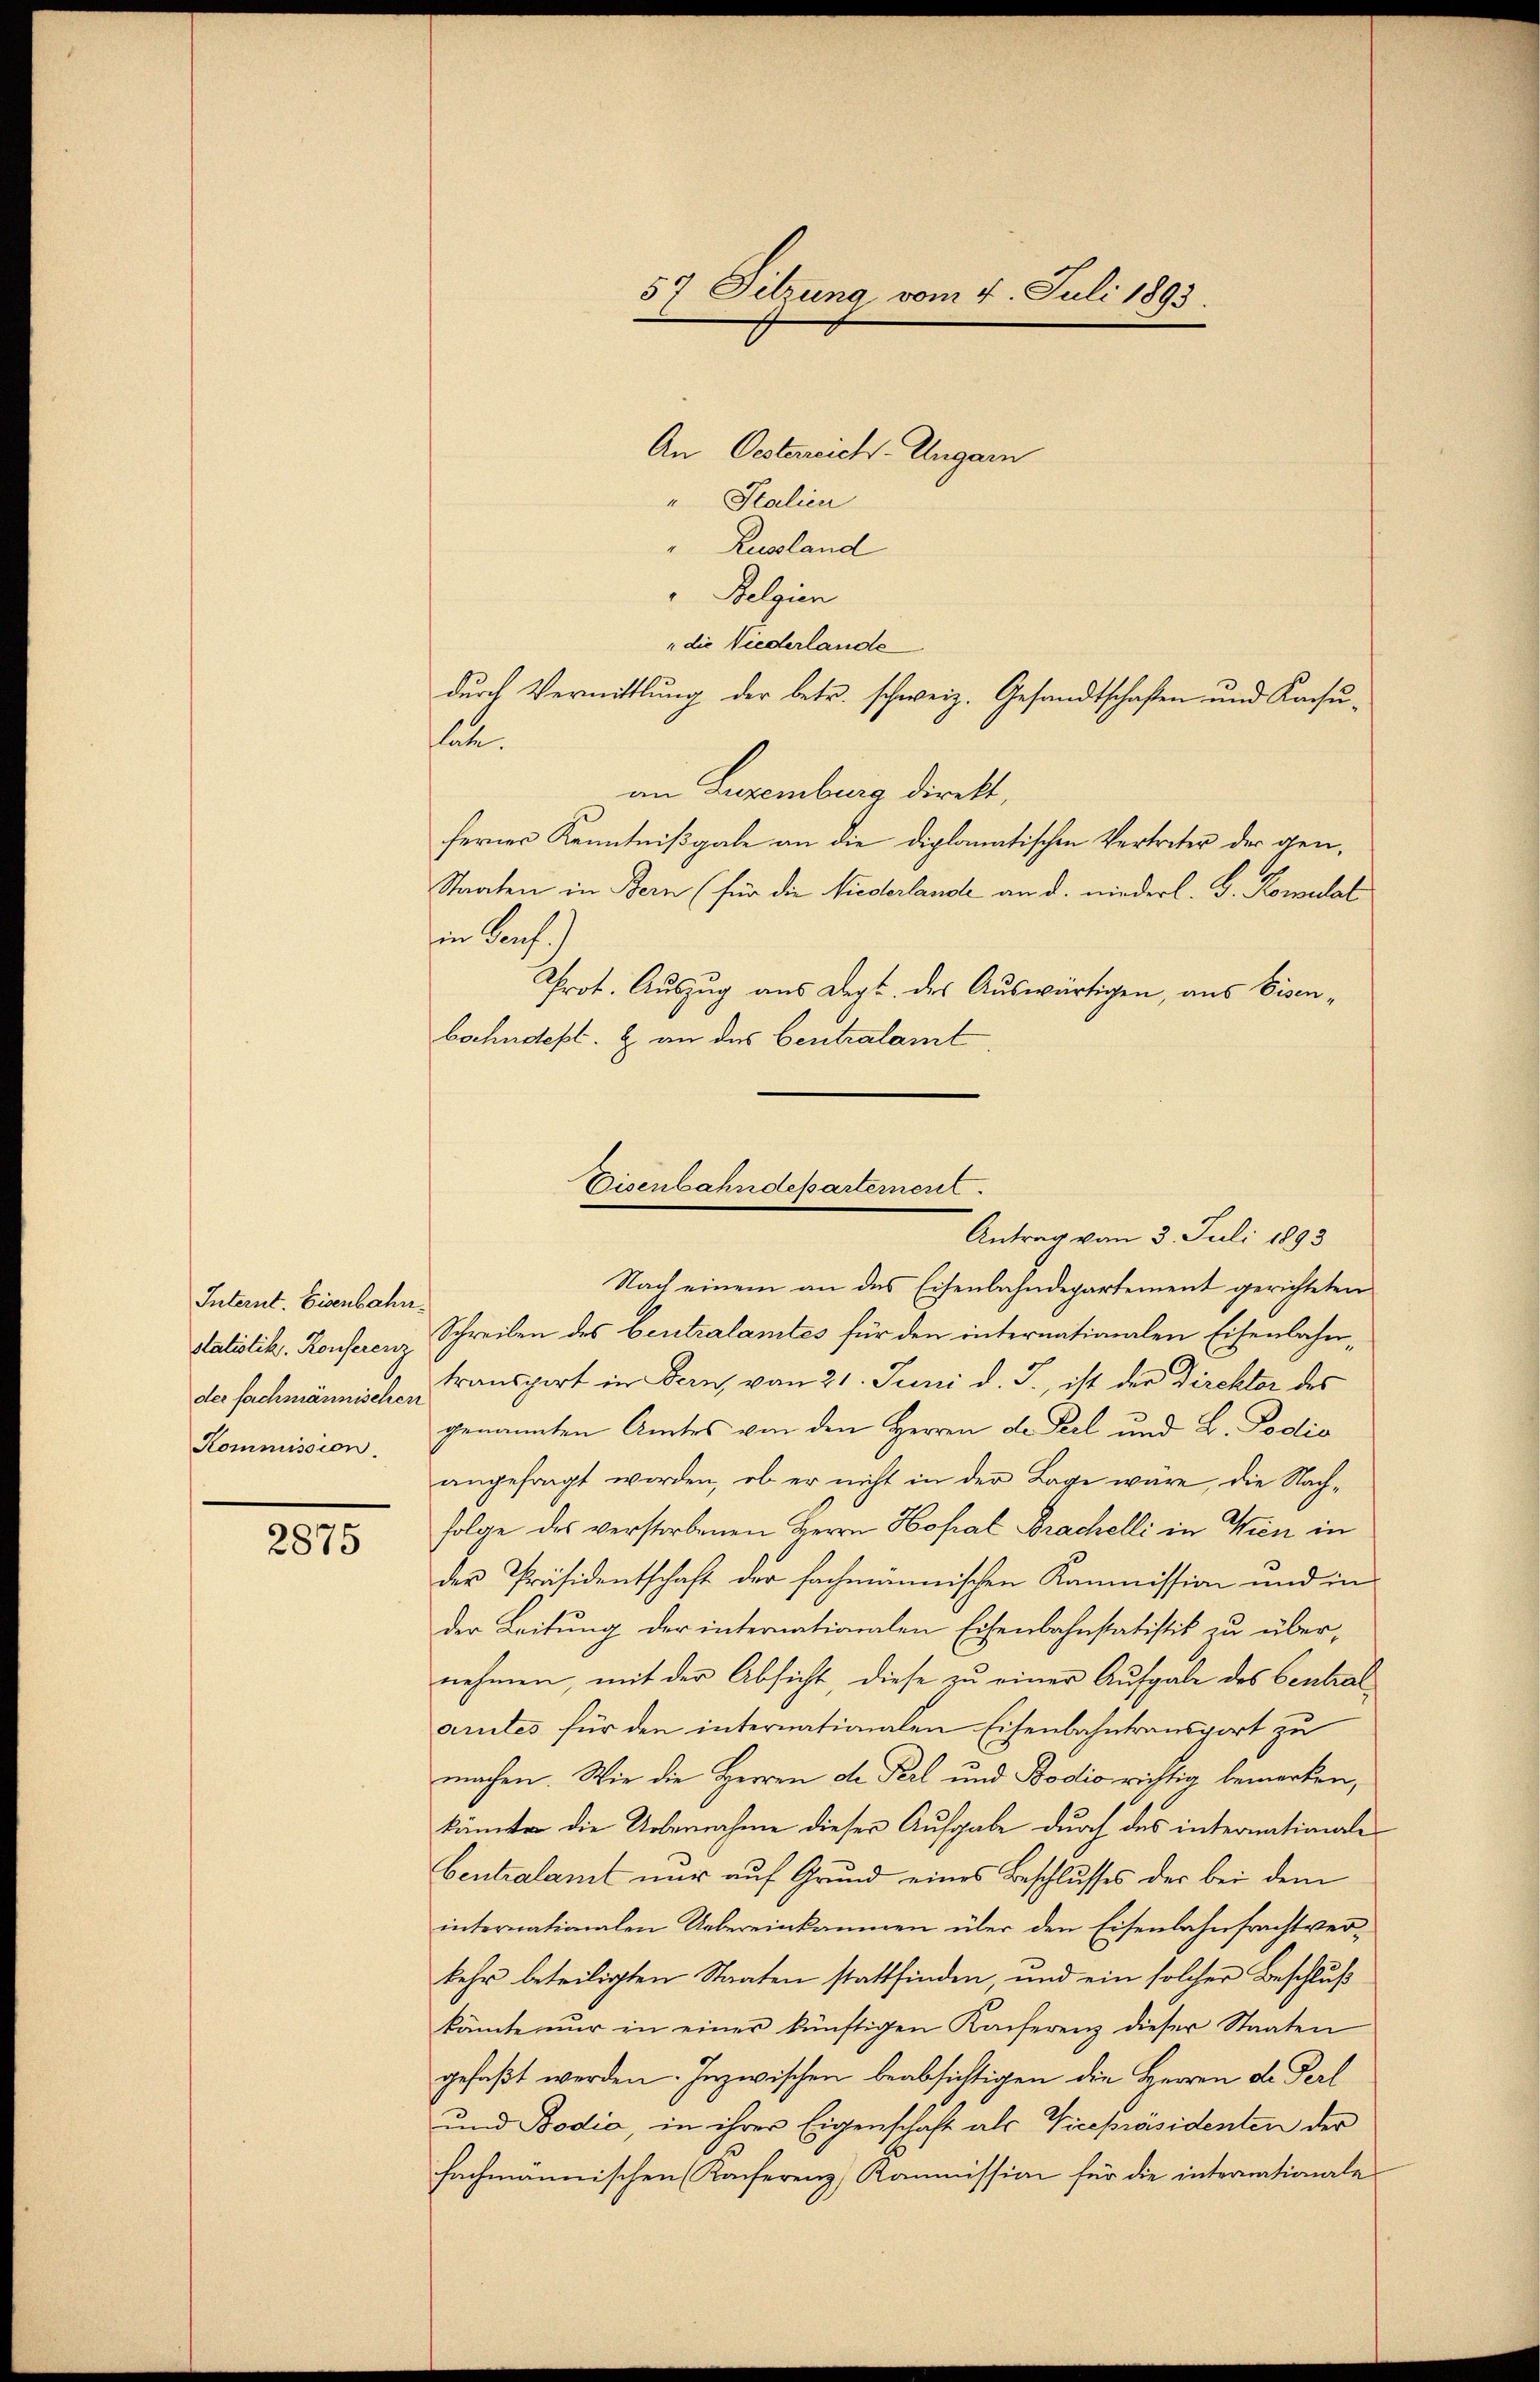
Internt. Eisenbahn.
statistik. Konferenz
der fachmännischen
Kommission.

2875

57 Sitzung vom 4. Juli 1893

Eisenbahndepartement.
Antrag vom 3. Juli 1893

An Oestereich-Ungarn
" Stalien
Russland
Selzion
"die Niederlande
durch Vermittlung der betr. schweiz. Gesandtschaften und Konsun.
an Luxenburg direkt,
ferner Kenntnißgabe an die diplomatischen Vertreter der gen¬
Staaten in Bern (für die Niederlande an d. niederl. G. Komulat
in Bauf
Prot. Auszug aus Dept. des Auswärtigen, aus Eisenbochndept. & an des Centralamt
Nach einem an das Eisenbahndepartement gerichteten
Schreiben des beutralamtes für den internationalen Eisenbahntransport in Bern, von 21. Juni d. J., ist der Direktor des
genannten Amtes von den Herren de Pel und L. Podio
angefragt worden, ob er nicht in der Lage wäre, die Nachfolge des verstorbenen Herrn Hofal Brachelli in Wien in
der Präsidentschaft der fachmannischen Kommission und in
der Leitung der internationalen Eisenbahnstatistik zu übernehmen, mit der Absicht, diese zu einer Aufgabe des Centralarntes für den internationalen Eisenbahntransport zu
machen. Wir die Herren de Perl und Bodio richtig bemerken,
kännten die Uebernahme dieser Aufgabe durch das internationale
bentralamt nur auf Grund eines Beschlusses der bei dem
internationalen Uebereinkommen über den Eisenbahnfrachtverkehr beteiligten Staaten stattfinden, und ein solcher Beschluß
könnte nur in einer künftigen Kanferenz dieser Staaten
gefaßt werden. Inzwischen beabsichtigen die Herren de Perl
und Bodia, in ihrer Eigenschaft als Vicepräsidenten der
fachmannischen Konferenz, Kommission für die internationale